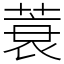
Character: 蓑